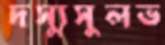
দস্যুসুলভ